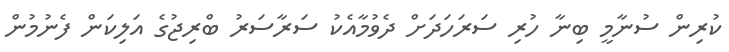
ކުރިން ސުނާމީ ބިނާ ހުރި ސަރަހަދަށް ދެވުމާއެކު ސަރާސަރު ބްރިޖުގެ އަލިކަން ފެނުމުން